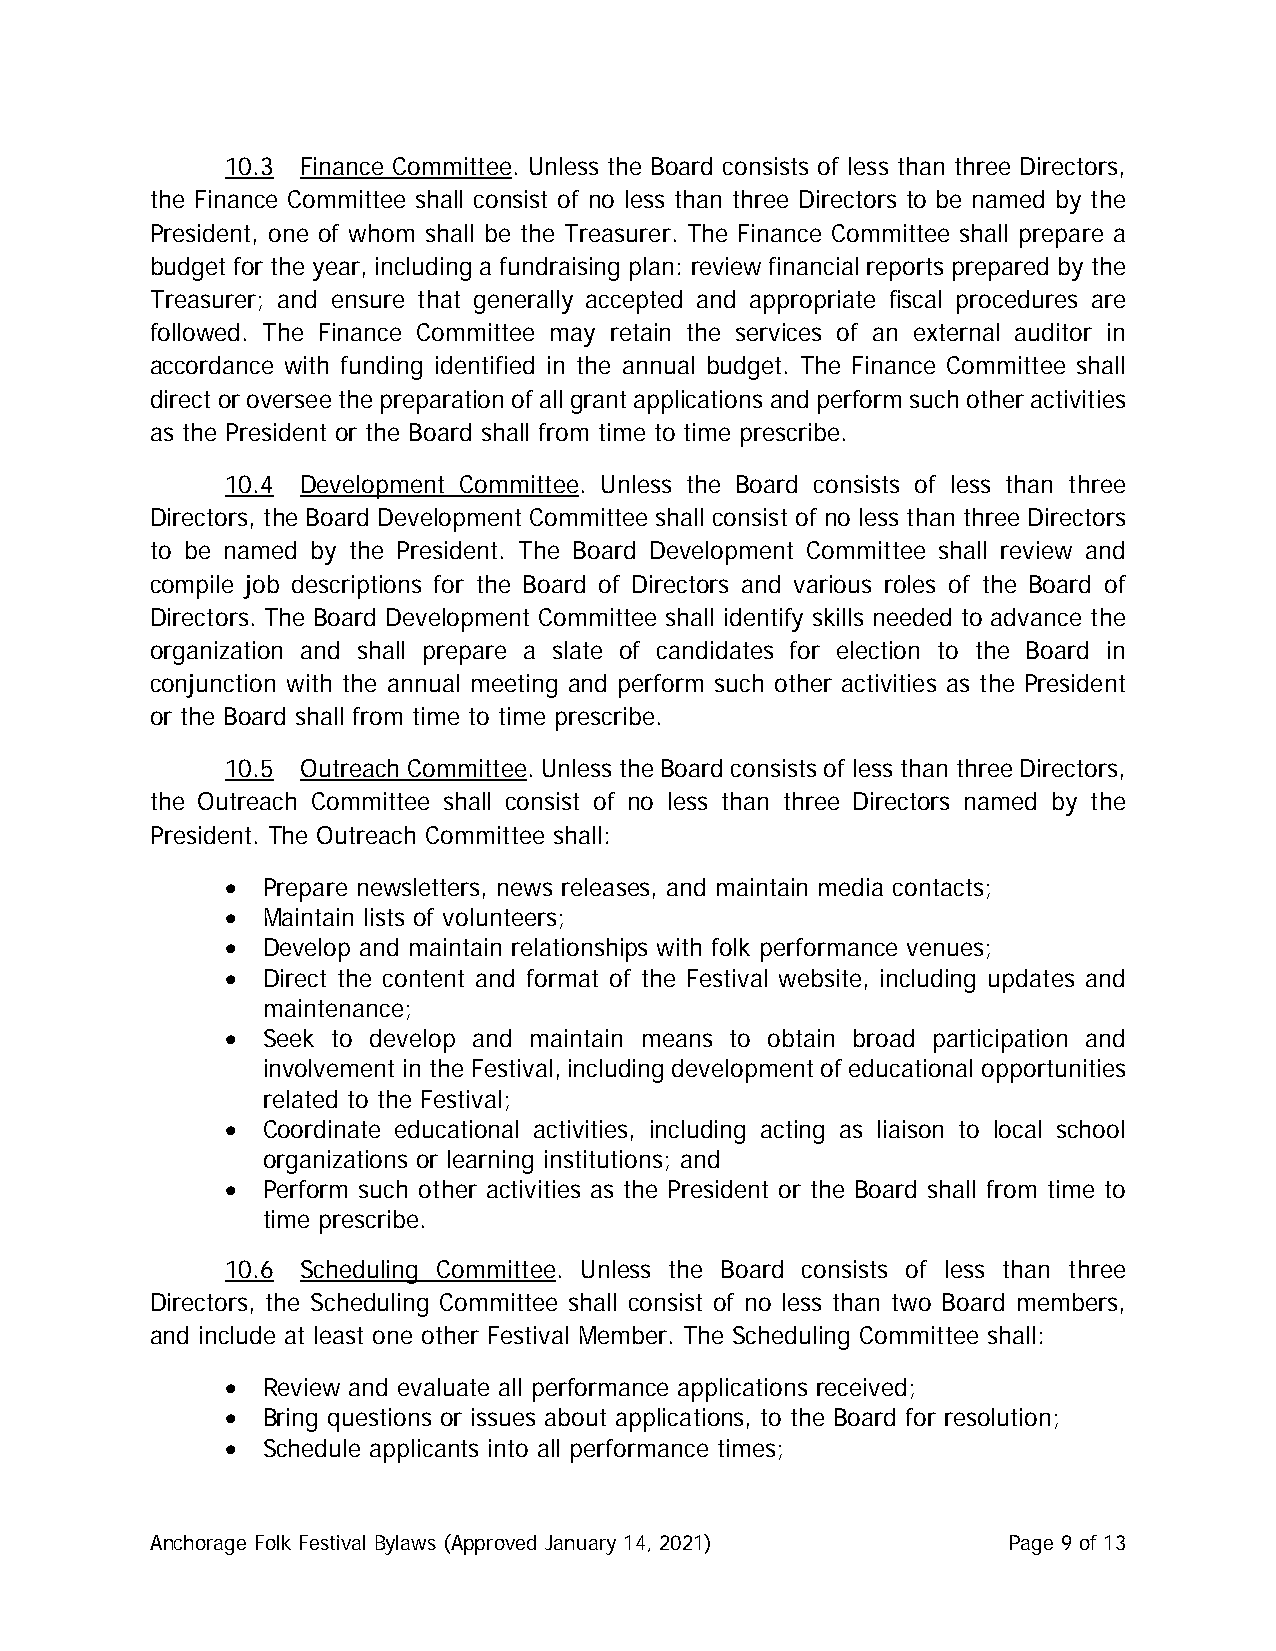
10.3 Finance Committee. Unless the Board consists of less than three Directors,
 the Finance Committee shall consist of no less than three Directors to be named by the
 President, one of whom shall be the Treasurer. The Finance Committee shall prepare a
 budget for the year, including a fundraising plan: review financial reports prepared by the
 Treasurer; and ensure that generally accepted and appropriate fiscal procedures are
 followed. The Finance Committee may retain the services of an external auditor in
 accordance with funding identified in the annual budget. The Finance Committee shall
 direct or oversee the preparation of all grant applications and perform such other activities
 as the President or the Board shall from time to time prescribe.
 10.4 Development Committee. Unless the Board consists of less than three
 Directors, the Board Development Committee shall consist of no less than three Directors
 to be named by the President. The Board Development Committee shall review and
 compile job descriptions for the Board of Directors and various roles of the Board of
 Directors. The Board Development Committee shall identify skills needed to advance the
 organization and shall prepare a slate of candidates for election to the Board in
 conjunction with the annual meeting and perform such other activities as the President
 or the Board shall from time to time prescribe.
 10.5 Outreach Committee. Unless the Board consists of less than three Directors,
 the Outreach Committee shall consist of no less than three Directors named by the
 President. The Outreach Committee shall:
 • Prepare newsletters, news releases, and maintain media contacts;
 • Maintain lists of volunteers;
 • Develop and maintain relationships with folk performance venues;
 • Direct the content and format of the Festival website, including updates and
 maintenance;
 • Seek to develop and maintain means to obtain broad participation and
 involvement in the Festival, including development of educational opportunities
 related to the Festival;
 • Coordinate educational activities, including acting as liaison to local school
 organizations or learning institutions; and
 • Perform such other activities as the President or the Board shall from time to
 time prescribe.
 10.6 Scheduling Committee. Unless the Board consists of less than three
 Directors, the Scheduling Committee shall consist of no less than two Board members,
 and include at least one other Festival Member. The Scheduling Committee shall:
 • Review and evaluate all performance applications received;
 • Bring questions or issues about applications, to the Board for resolution;
 • Schedule applicants into all performance times;
 Anchorage Folk Festival Bylaws (Approved January 14, 2021) Page 9 of 13